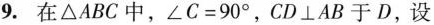
9.在\triangle ABC中，$$\angle C=90^{\circ}$$，$$CD\perp AB$$于D，设